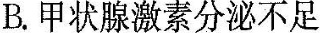
B. 甲状腺激素分泌不足